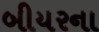
બીયરના